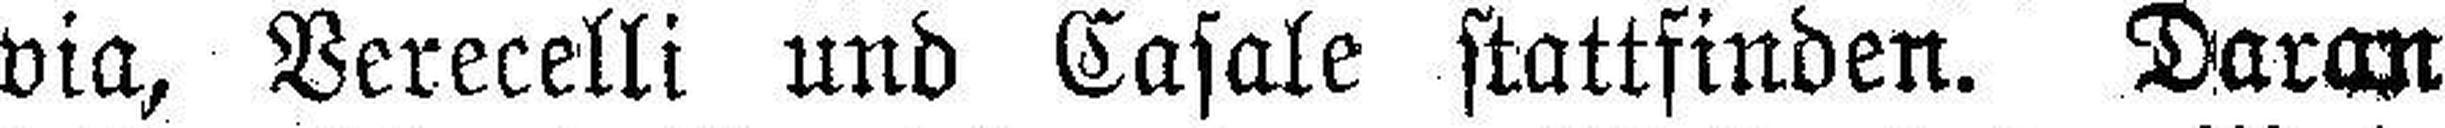
via, Berecelli und Casale stattfinden. Daran